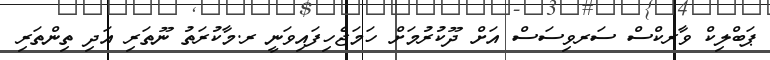
ޕަބްލިކް ވާރކްސް ސަރވިސަސް އަށް ދޫކުރުމަށް ހަމަޖެހިފައިވަނީ ރ.މާކުރަތު ނޫތަރި އަދި ތިންތަރި